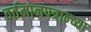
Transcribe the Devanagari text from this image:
वर्तमानपत्रान्च्या